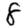
Digit: 8